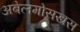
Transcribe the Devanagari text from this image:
अबेलमोसखस